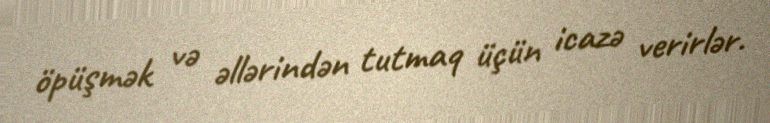
öpüşmək və əllərindən tutmaq üçün icazə verirlər.